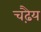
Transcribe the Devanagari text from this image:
चढ़ैय